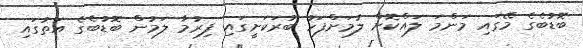
ބޮޑުބެގެ މޭގައި މަންމަ ލައްކޮށް ލުމަށްފަހު ބުރަކަށީގައި ފިރުމާ ލަމުން ބޮޑުބެގެ އަތުގައި